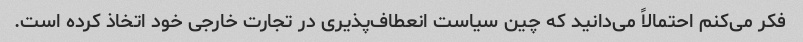
فکر می‌کنم احتمالاً می‌دانید که چین سیاست انعطاف‌پذیری در تجارت خارجی خود اتخاذ کرده است.